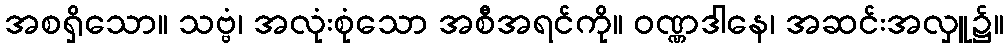
အစရှိသော။ သဗ္ဗံ၊ အလုံးစုံသော အစီအရင်ကို။ ဝဏ္ဏဒါနေ၊ အဆင်းအလှူ၌။